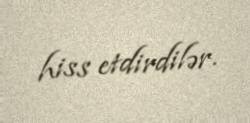
hiss etdirdilər.